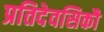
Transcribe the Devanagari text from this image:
प्रतिदेवसिकौ